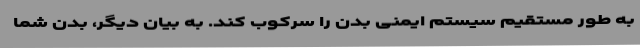
به طور مستقیم سیستم ایمنی بدن را سرکوب کند. به بیان دیگر، بدن شما